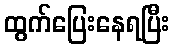
ထွက်ပြေးနေရပြီး